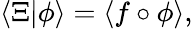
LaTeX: \langle\Xi|\phi\rangle=\langle f\circ\phi\rangle,